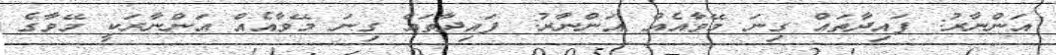
އަންނާރު: ފައިދާތައް ގިނަ މޭވާއެއް އަންނާރު: ފައިދާތައް ގިނަ މޭވާއެއް އަންނާރަކީ މޭވާގެ